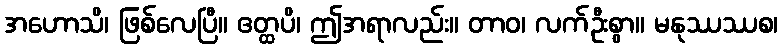
အဟောသိ၊ ဖြစ်လေပြီ။ ဧတ္ထပိ၊ ဤအရာလည်း။ တာဝ၊ လက်ဦးစွာ။ မနုဿဿစ၊